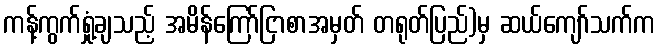
ကန့်ကွက်ရှုံ့ချသည့် အမိန်ကြော်ငြာစာအမှတ် တရုတ်ပြည်)မှ ဆယ်ကျော်သက်က